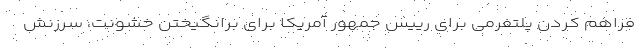
فراهم کردن پلتفرمی برای رییس جمهور آمریکا برای برانگیختن خشونت، سرزنش